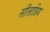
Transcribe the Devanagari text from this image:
सीताप्रिय